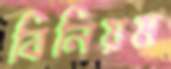
বিনিয়ম